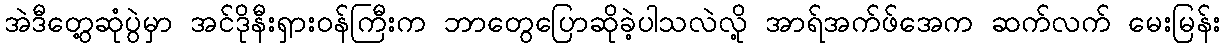
အဲဒီတွေ့ဆုံပွဲမှာ အင်ဒိုနီးရှားဝန်ကြီးက ဘာတွေပြောဆိုခဲ့ပါသလဲလို့ အာရ်အက်ဖ်အေက ဆက်လက် မေးမြန်း